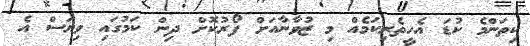
ކިތަންމެ ކުޑަ އެހީތެރިކަމެއް މި ޒުވާނާއަށް ފޯރުކޮށް ދިން ކަމުގައި ވިޔަސް އެ